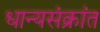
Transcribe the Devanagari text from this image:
धान्यसंक्रांत